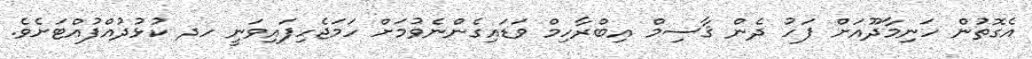
އެގޮތުން ހަނިމާދޫއަށް ފަހު ދެން ޤާސިމް އިބްރާހިމް ވަޑައިގެންނެވުމަށް ހަމަޖެހިފައިވަނީ ހދ ކުޅުދުއްފުއްޓަށެވެ.